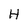
Character: H